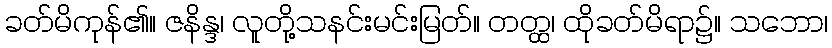
ခတ်မိကုန်၏။ ဇနိန္ဒ၊ လူတို့သနင်းမင်းမြတ်။ တတ္ထ၊ ထိုခတ်မိရာ၌။ သဘော၊